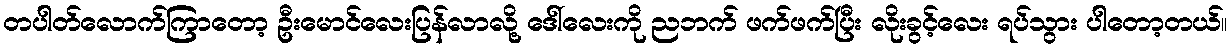
တပါတ်လောက်ကြာတော့ ဦးမောင်လေးပြန်လာလို့ ဒေါ်လေးကို ညဘက် ဖက်ဖက်ပြီး လိုးခွင့်လေး ရပ်သွား ပါတော့တယ်။